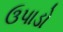
ઉપાડો